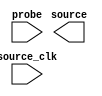

module ISSP (
	probe,
	source_clk,
	source);	

	input	[1:0]	probe;
	input		source_clk;
	output	[2:0]	source;
endmodule